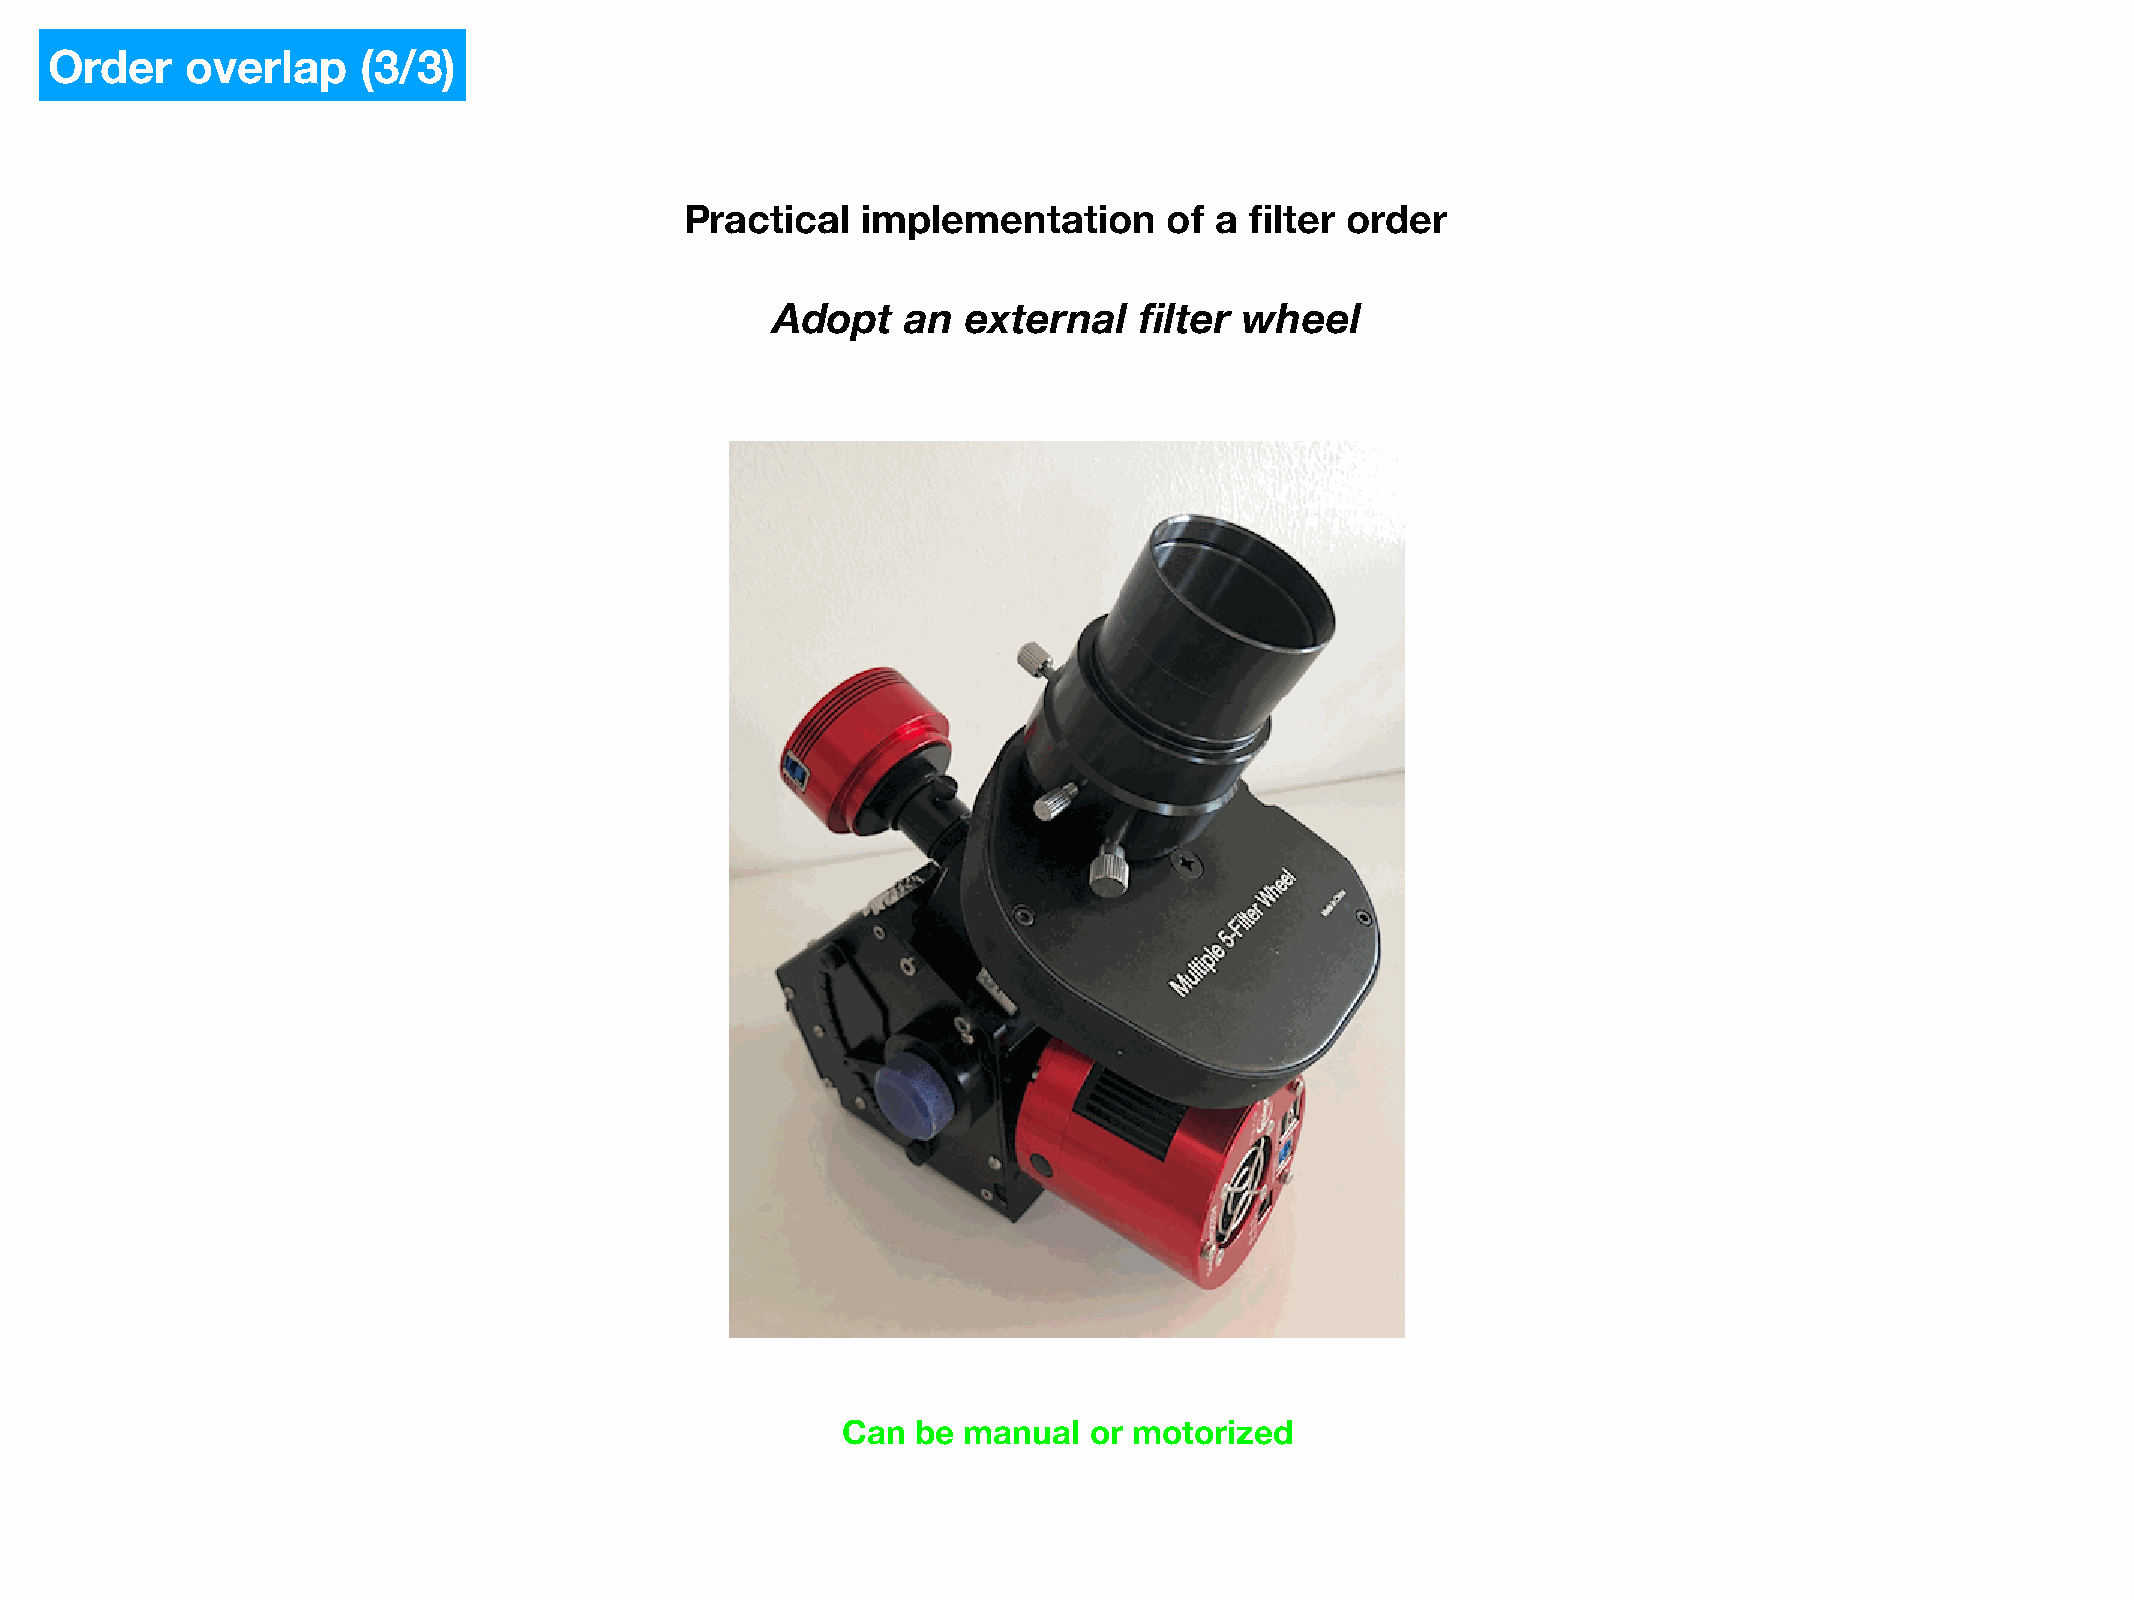
Order    overlap     (3/3)
 Practical   implementation      of a  filter order
 Adopt    an  external   filter wheel
 Can  be manual  or motorized